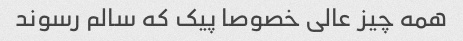
همه چیز عالی خصوصا پیک که سالم رسوند